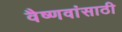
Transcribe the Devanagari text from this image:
वैष्णवांसाठी